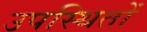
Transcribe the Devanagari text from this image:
उपस्थितों